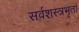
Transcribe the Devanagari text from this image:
सर्वशस्त्रभृतां